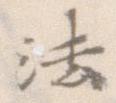
法